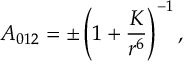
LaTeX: A _ { 0 1 2 } = \pm \left( 1 + \frac { K } { r ^ { 6 } } \right) ^ { - 1 } ,